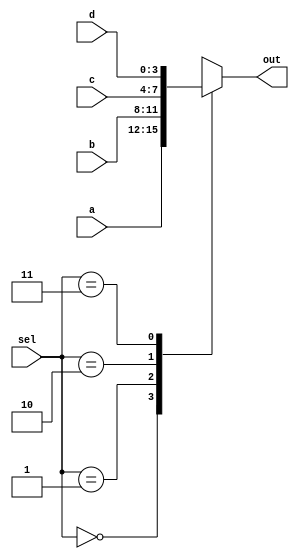
module SevenSegMux(
output reg [3:0] out, 
input [3:0] a, b, c, d, 
input [1:0] sel
    );
	 
always @(sel, a, b, c, d)
case(sel)
	0:	out=a;
	1:	out=b;
	2:	out=c;
	3:	out=d;
default: out=4'bx;
endcase
endmodule